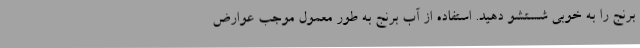
برنج را به خوبی شستشو دهید. استفاده از آب برنج به طور معمول موجب عوارض